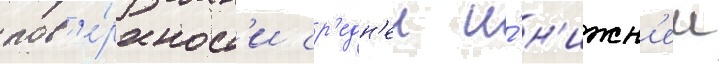
пов'е́рхност'и ср'едн'еи и́ н'ижн'еи